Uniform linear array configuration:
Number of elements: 48
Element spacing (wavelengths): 0.25
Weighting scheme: uniform
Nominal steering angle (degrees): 60
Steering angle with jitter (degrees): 61.642
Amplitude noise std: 0.05
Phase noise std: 0.05

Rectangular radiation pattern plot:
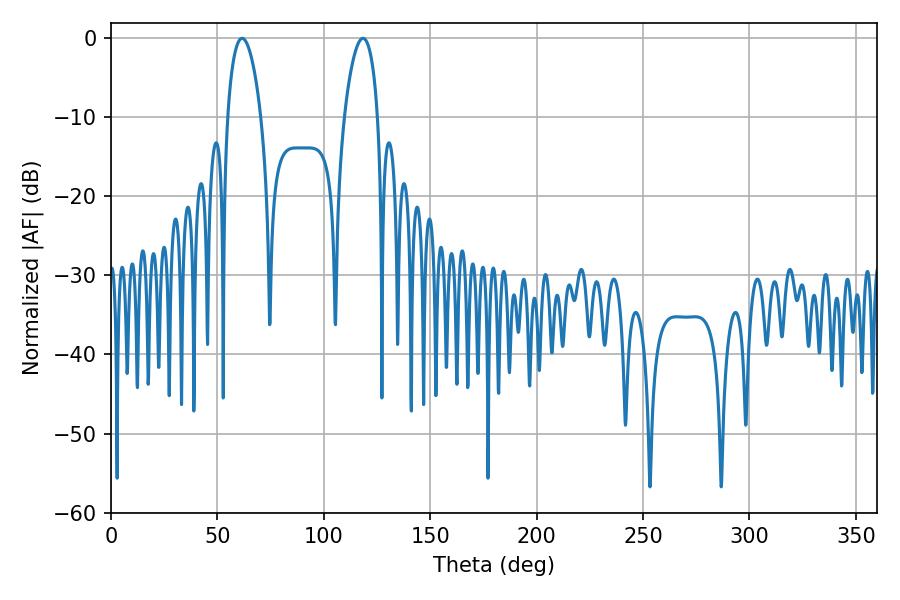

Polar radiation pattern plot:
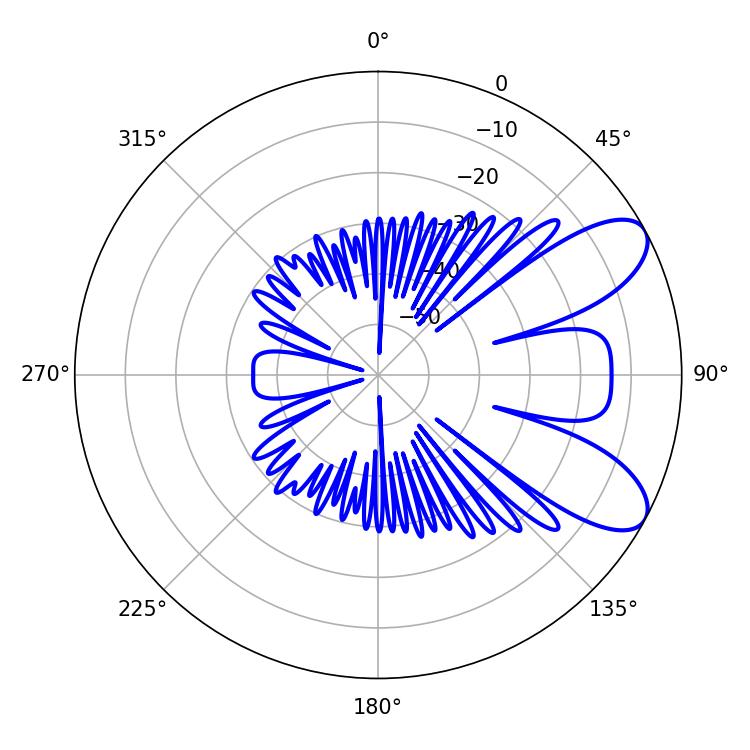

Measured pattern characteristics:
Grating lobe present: FALSE
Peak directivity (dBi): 8.102
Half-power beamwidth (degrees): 9
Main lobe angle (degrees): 61.56